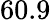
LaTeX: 60.9